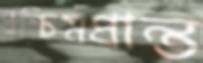
প্রশ্চিমপ্রান্ত